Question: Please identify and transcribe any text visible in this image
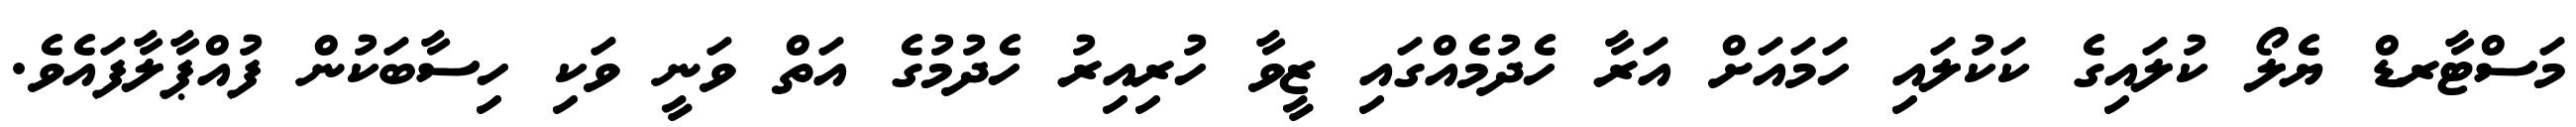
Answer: މަސްޓާރޑް ޔެލޯ ކުލައިގެ ކަކުލައި ހަމައަށް އަރާ ހެދުމެއްގައި ޒީވާ ހުރިއިރު ހެދުމުގެ އަތް ވަނީ ވަކި ހިސާބަކުން ފުއްޕާލާފައެވެ.